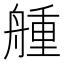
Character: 𦩰